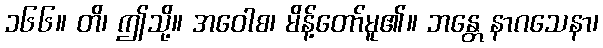
၁၆၆။ တိ၊ ဤသို့။ အဝေါစ၊ မိန့်တော်မူ၏။ ဘန္တေ နာဂသေနာ၊